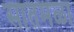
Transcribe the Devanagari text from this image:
सातमळा